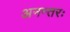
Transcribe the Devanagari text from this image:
अनन्तरः